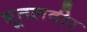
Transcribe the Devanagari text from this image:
भूतलवीर